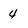
Character: 4